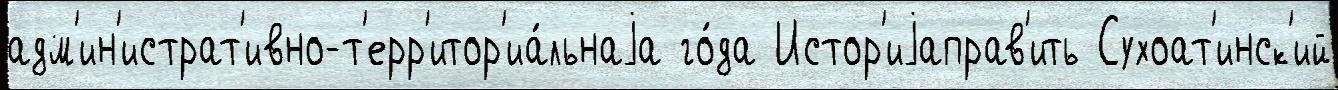
адм'ин'истрат'ивно-т'ерр'итор'иа́льнаjа го́да Истор'иjаправ'ить Сухоат'инск'ий